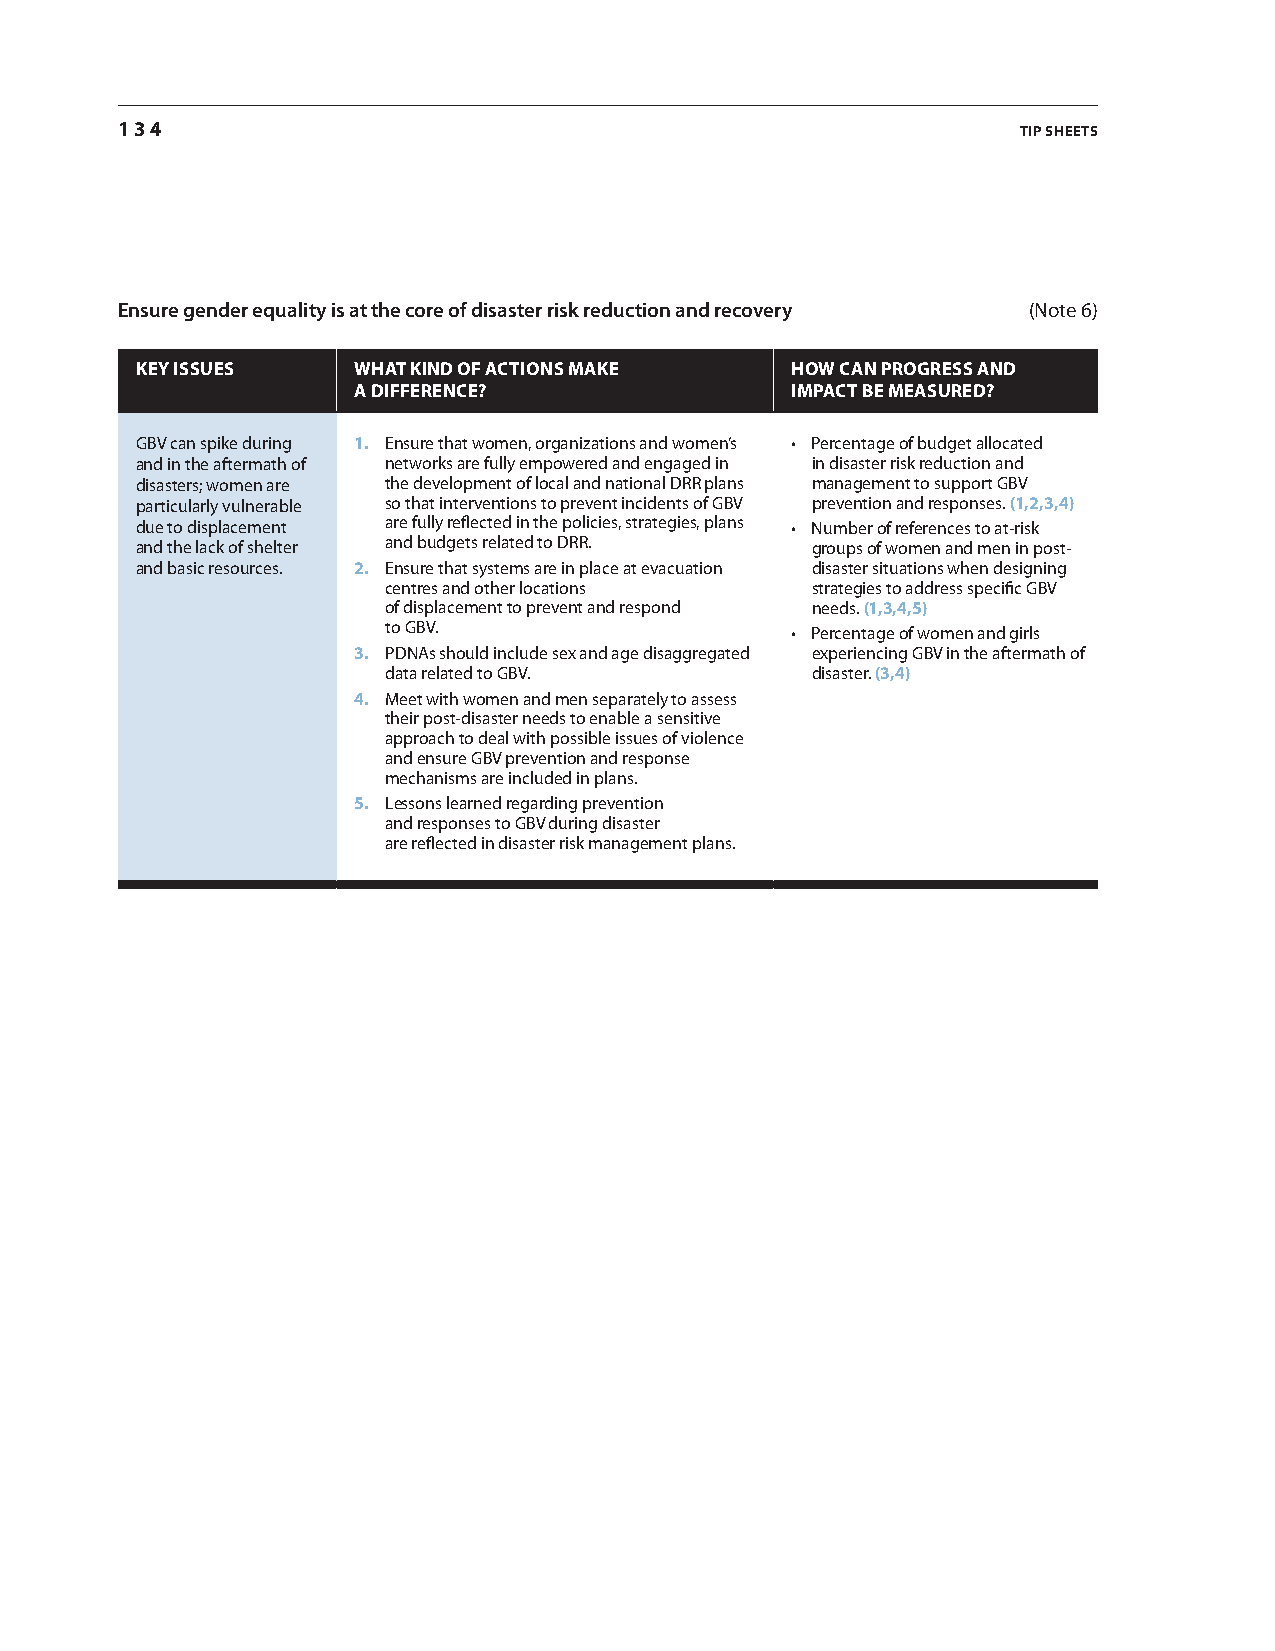
134                                                         tip sheets
 Ensure gender equality is at the core of disaster risk reduction and recovery (Note 6)
 Key issues    What Kind of actions maKe    hoW can proGress and
 a difference?                impact be measured?
 GBv can spike during 1. ensure that women, organizations and women’s • Percentage of budget allocated
 and in the aftermath of networks are fully empowered and engaged in in disaster risk reduction and
 disasters; women are the development of local and national Drr plans management to support GBv
 particularly vulnerable so that interventions to prevent incidents of GBv prevention and responses. (1,2,3,4)
 due to displacement are fully reflected in the policies, strategies, plans • Number of references to at-risk
 and the lack of shelter and budgets related to Drr. groups of women and men in post-
 and basic resources. 2. ensure that systems are in place at evacuation disaster situations when designing
 centres and other locations strategies to address specific GBv
 of displacement to prevent and respond needs. (1,3,4,5)
 to GBv.                   • Percentage of women and girls
 3. PDNas should include sex and age disaggregated experiencing GBv in the aftermath of
 data related to GBv.        disaster. (3,4)
 4. Meet with women and men separately to assess
 their post-disaster needs to enable a sensitive
 approach to deal with possible issues of violence
 and ensure GBv prevention and response
 mechanisms are included in plans.
 5. lessons learned regarding prevention
 and responses to GBv during disaster
 are reflected in disaster risk management plans.